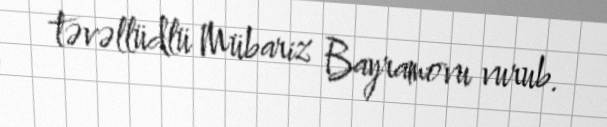
təvəllüdlü Mübariz Bayramovu vurub.